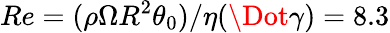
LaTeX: Re=(\rho\Omega R^{2}\theta_{0})/\eta(\Dot{\gamma})=8.3